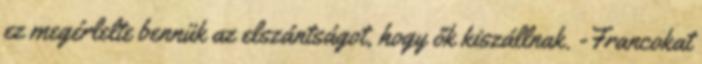
ez megérlelte bennük az elszántságot, hogy ők kiszállnak. -Francokat